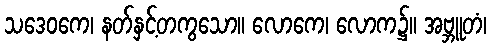
သဒေဝကေ၊ နတ်နှင့်တကွသော။ လောကေ၊ လောက၌။ အဗ္ဘူတံ၊